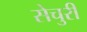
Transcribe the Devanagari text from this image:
सेचुरी